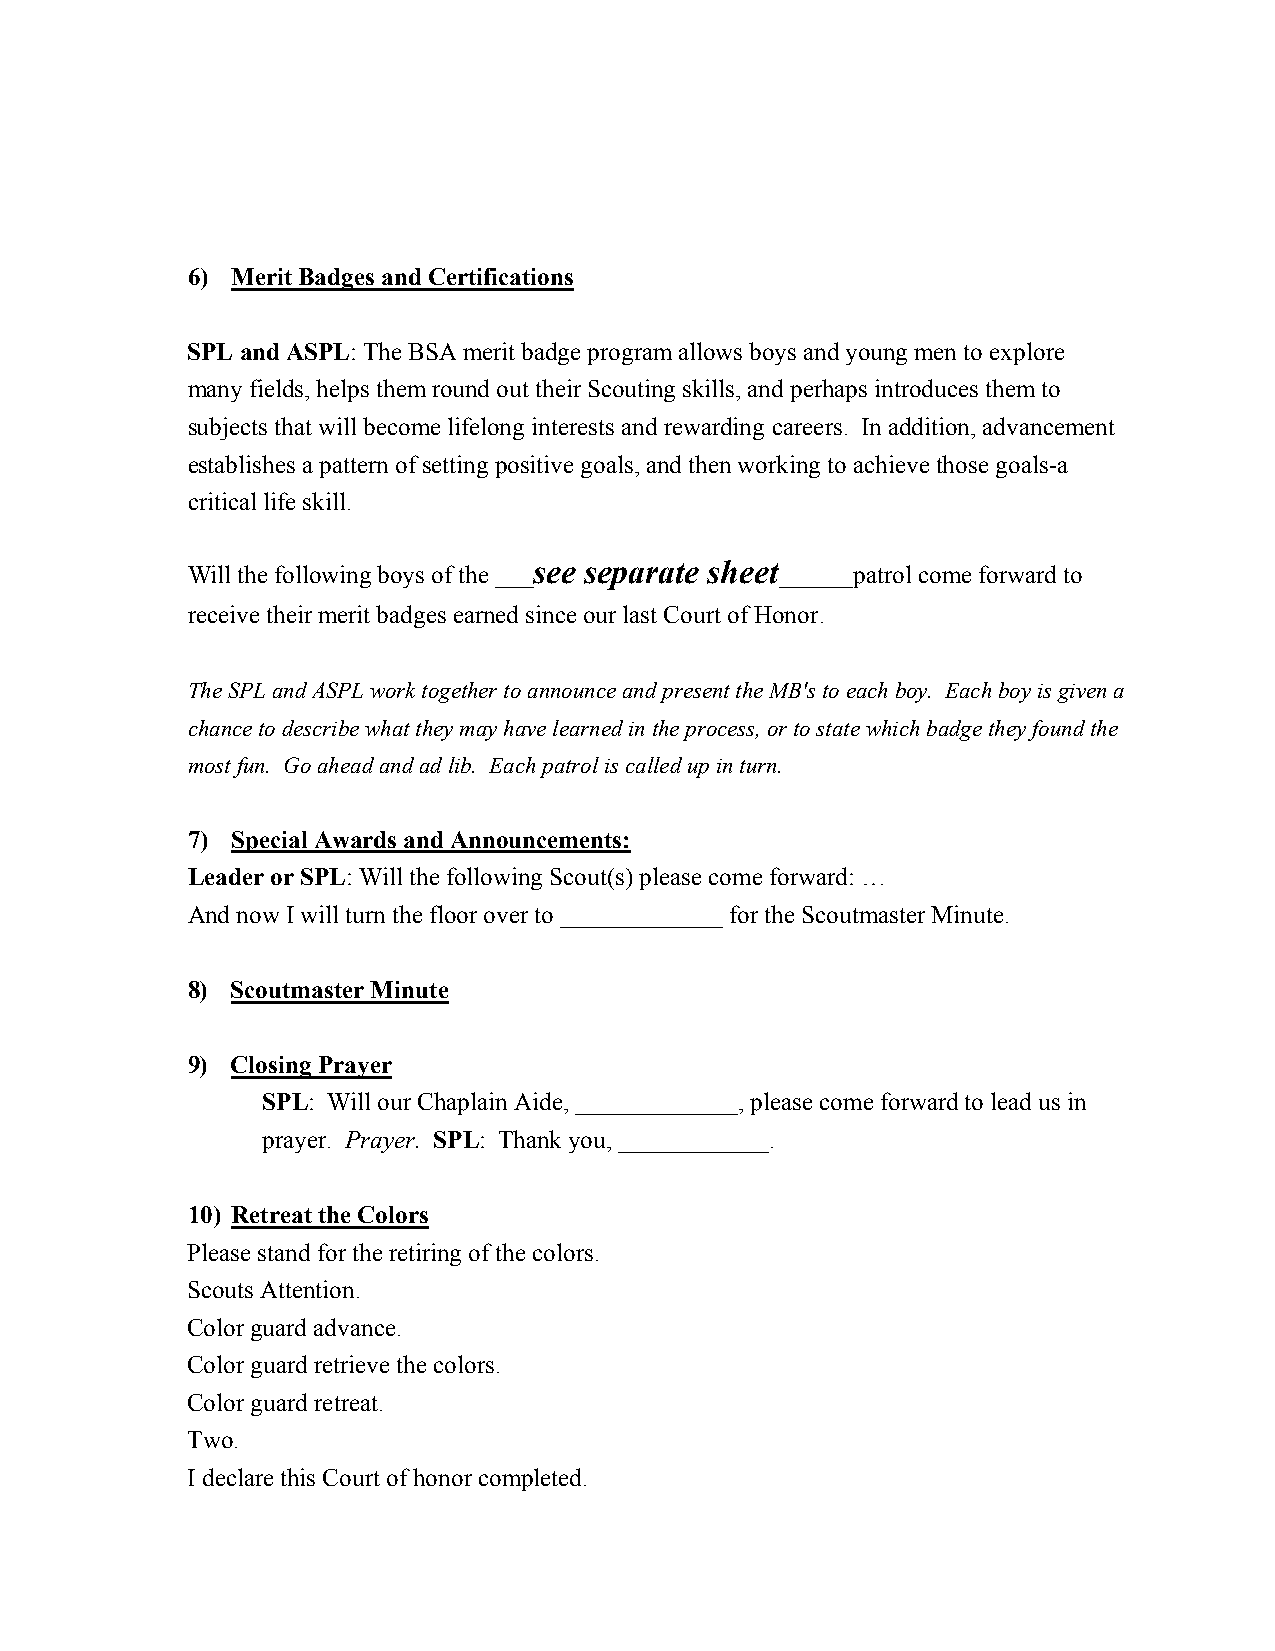
6) Merit Badges and Certifications
 SPL and ASPL: The BSA merit badge program allows boys and young men to explore
 many fields, helps them round out their Scouting skills, and perhaps introduces them to
 subjects that will become lifelong interests and rewarding careers. In addition, advancement
 establishes a pattern of setting positive goals, and then working to achieve those goals-a
 critical life skill.
 see separate sheet
 Will the following boys of the ___      ______patrol come forward to
 receive their merit badges earned since our last Court of Honor.
 The SPL and ASPL work together to announce and present the MB's to each boy. Each boy is given a
 chance to describe what they may have learned in the process, or to state which badge they found the
 most fun. Go ahead and ad lib. Each patrol is called up in turn.
 7) Special Awards and Announcements:
 Leader or SPL: Will the following Scout(s) please come forward: …
 And now I will turn the floor over to _____________ for the Scoutmaster Minute.
 8) Scoutmaster Minute
 9) Closing Prayer
 SPL: Will our Chaplain Aide, _____________, please come forward to lead us in
 prayer. Prayer. SPL: Thank you, ____________.
 10) Retreat the Colors
 Please stand for the retiring of the colors.
 Scouts Attention.
 Color guard advance.
 Color guard retrieve the colors.
 Color guard retreat.
 Two.
 I declare this Court of honor completed.